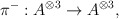
\begin{align*}\pi ^{-}:A^{\otimes 3}\rightarrow A^{\otimes 3},\quad\end{align*}